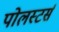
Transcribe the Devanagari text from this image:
पोलस्टर्स